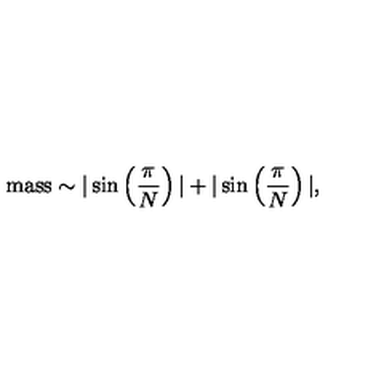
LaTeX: \mathrm { m a s s } \sim | \sin \left( \frac { \pi } { N } \right) | + | \sin \left( \frac { \pi } { N } \right) | ,